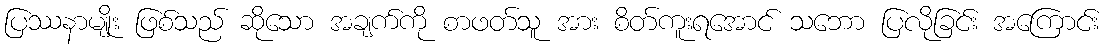
ပြဿနာမျိုး ဖြစ်သည် ဆိုသော အချက်ကို စာဖတ်သူ အား စိတ်ကူးရအောင် သဘော ပြလိုခြင်း အကြောင်း